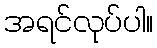
အရင်လုပ်ပါ။